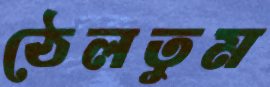
ঠেলতুম